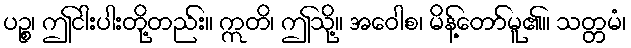
ပဉ္စ၊ ဤငါးပါးတို့တည်း။ ဣတိ၊ ဤသို့။ အဝေါစ၊ မိန့်တော်မူ၏။ သတ္တမံ၊